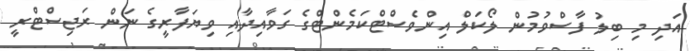
އަދި މި ބިލު ފާސްވުމުން ލޯކަލް އިންވެސްޓްކަމެންޓްގެ ގަވާއިދާއި ވިޔަފާރީގެ ނަން ރަޖިސްޓްރީ